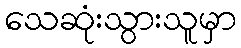
သေဆုံးသွားသူမှာ